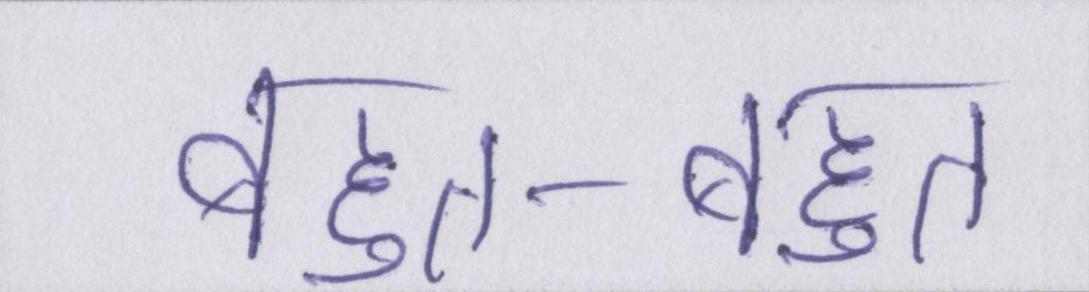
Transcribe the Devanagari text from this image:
बहुत-बहुत